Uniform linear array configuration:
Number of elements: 32
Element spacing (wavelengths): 0.5
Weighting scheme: hamming
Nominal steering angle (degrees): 0
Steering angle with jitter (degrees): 1.25
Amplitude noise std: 0.05
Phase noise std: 0.05

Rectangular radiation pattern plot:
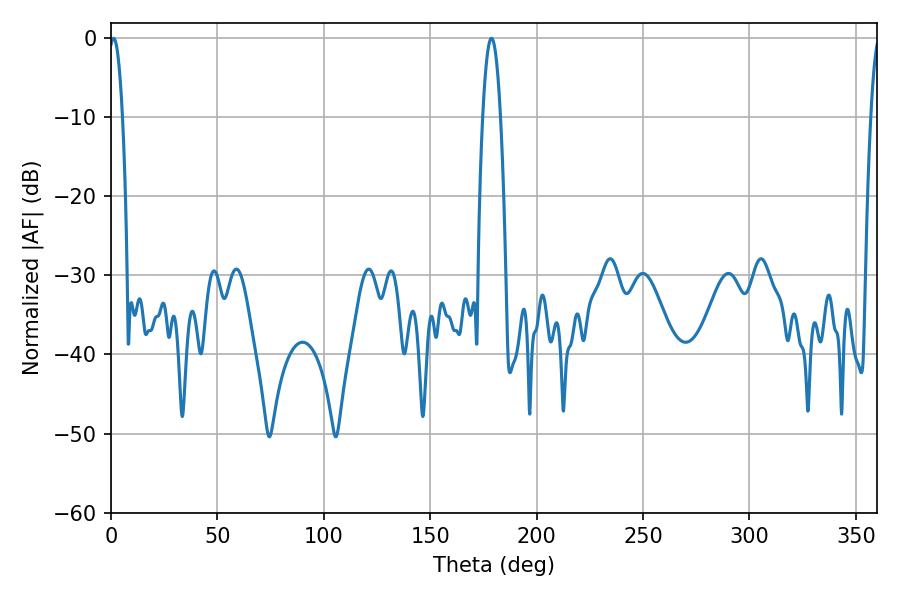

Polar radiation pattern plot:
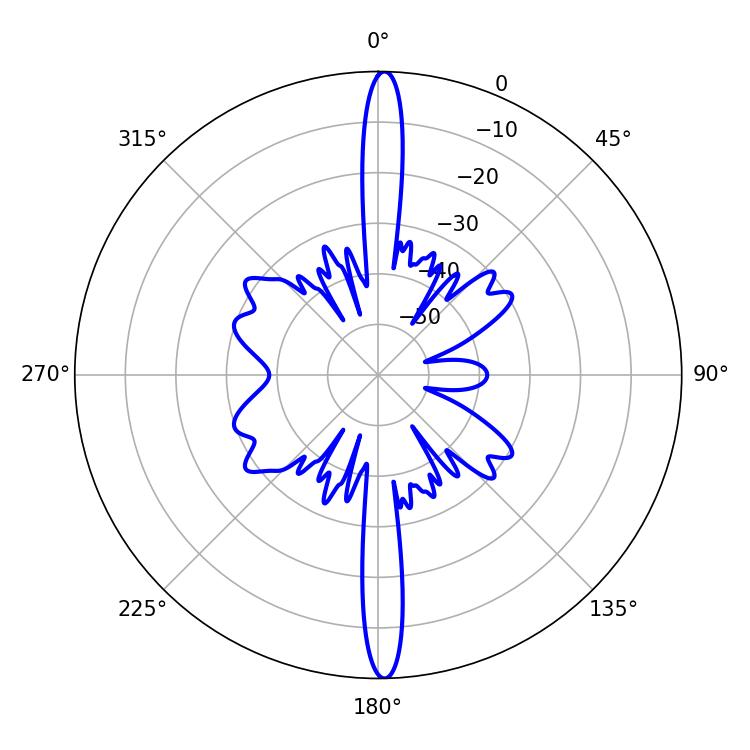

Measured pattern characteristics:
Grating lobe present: FALSE
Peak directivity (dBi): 28.012
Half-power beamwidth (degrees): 3.42
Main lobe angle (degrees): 1.26